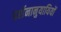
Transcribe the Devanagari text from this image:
दर्शनानुयायियों